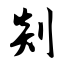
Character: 剡